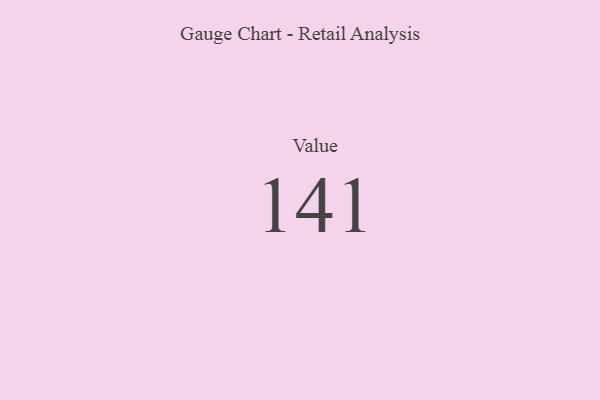
{"axis": {"x": "Metric", "y": "Value"}, "legend": [""], "data": [{"x": "Value", "y": 141, "type": ""}]}